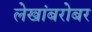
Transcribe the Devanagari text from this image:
लेखांबरोबर